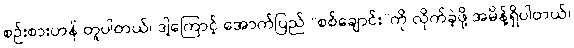
စဉ်းစားဟန် တူပါတယ်၊ ဒါ့ကြောင့် အောက်ပြည် “စစ်ချောင်း”ကို လိုက်ခဲ့ဖို့ အမိန့်ရှိပါတယ်၊